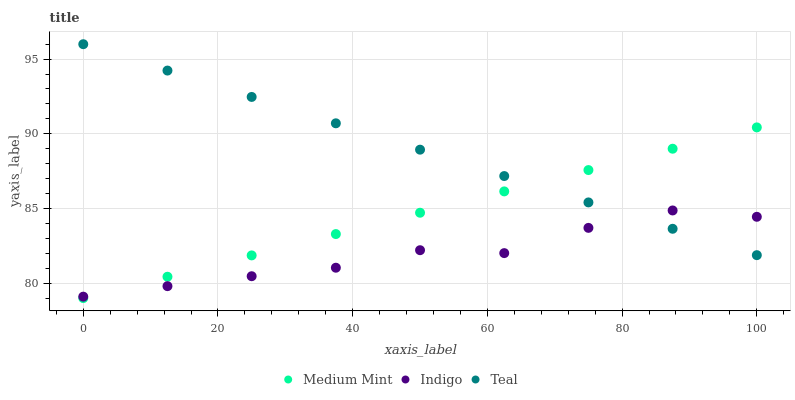
| xaxis_label | Medium Mint | Indigo | Teal |
 | --- | --- | --- | --- |
 | 0 | 79 | 79.1 | 96 |
 | 12.5 | 80.4 | 79.8 | 94.2 |
 | 25 | 81.9 | 80.5 | 92.5 |
 | 37.5 | 83.3 | 81 | 90.7 |
 | 50 | 84.7 | 82.2 | 88.9 |
 | 62.5 | 86.1 | 82 | 87.2 |
 | 75 | 87.6 | 83.7 | 85.4 |
 | 87.5 | 89 | 84.9 | 83.6 |
 | 100 | 90.4 | 84.4 | 81.9 |